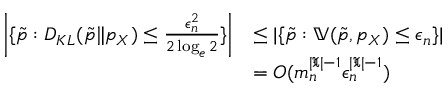
\begin{array} { r l } { \left| \{ \Tilde { p } : D _ { K L } ( \Tilde { p } \| p _ { X } ) \le \frac { \epsilon _ { n } ^ { 2 } } { 2 \log _ { e } 2 } \} \right| } & { \le | \{ \Tilde { p } : \mathbb { V } ( \Tilde { p } , p _ { X } ) \le \epsilon _ { n } \} | } \\ & { = O ( m _ { n } ^ { | \mathfrak { X } | - 1 } \epsilon _ { n } ^ { | \mathfrak { X } | - 1 } ) } \end{array}